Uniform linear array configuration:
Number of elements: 16
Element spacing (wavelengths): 0.5
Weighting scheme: uniform
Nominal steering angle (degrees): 15
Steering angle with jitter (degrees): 13.689
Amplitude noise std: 0.05
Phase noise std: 0.05

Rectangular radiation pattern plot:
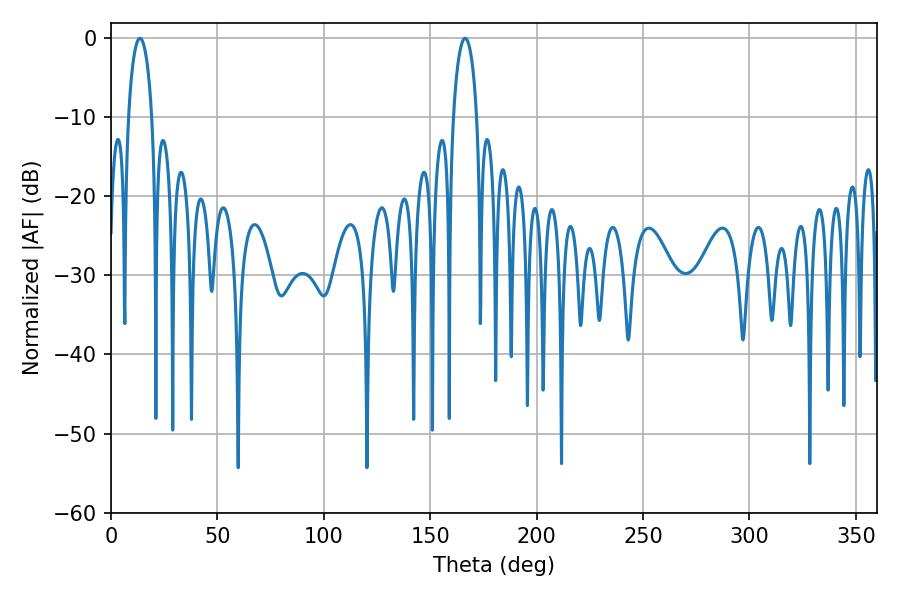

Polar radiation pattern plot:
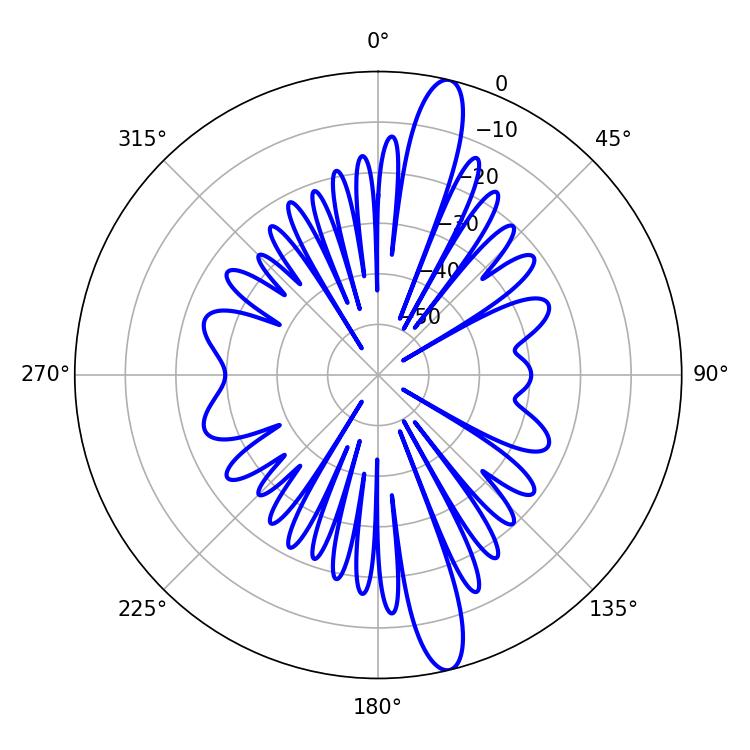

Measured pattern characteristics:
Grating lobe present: FALSE
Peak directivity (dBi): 15.319
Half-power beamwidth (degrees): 6.3
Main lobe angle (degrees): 13.68